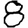
Digit: 8